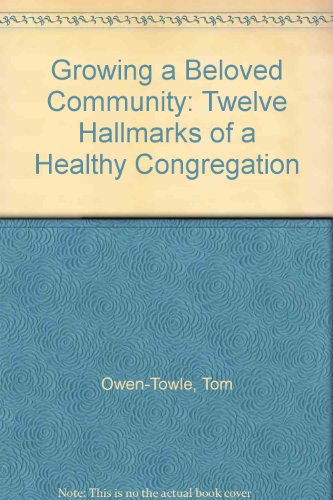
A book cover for Growing a Beloved Community: Twelve Hallmarks of a Healthy Congregation; Tom Owen-Towle; Religion & Spirituality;